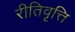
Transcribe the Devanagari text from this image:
रीतिवृत्ति